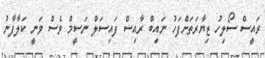
ރައީސް ސޯލިހު ޒިޔާރަތަށްފަހު ނައިބް ރާއިސް ފައިސަލް ނަސީމް ވެސް ވަނީ ކަލާފާނު